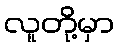
လူတို့မှာ